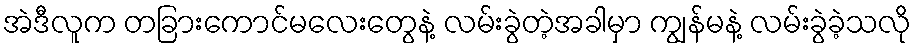
အဲဒီလူက တခြားကောင်မလေးတွေနဲ့ လမ်းခွဲတဲ့အခါမှာ ကျွန်မနဲ့ လမ်းခွဲခဲ့သလို